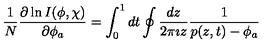
\frac { 1 } { N } \frac { \partial \ln I ( \phi , \chi ) } { \partial \phi _ { a } } = \int _ { 0 } ^ { 1 } d t \oint \frac { d z } { 2 \pi \imath z } \frac { 1 } { p ( z , t ) - \phi _ { a } }